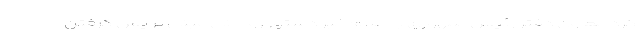
کرد معاون دفتر رئیس‌جمهوری با اعلام خبر دستور روحانی مبنی بر پس گرفتن